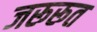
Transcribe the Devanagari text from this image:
जरूरूत